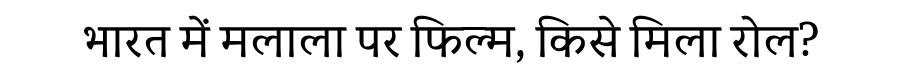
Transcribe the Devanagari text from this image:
भारत में मलाला पर फिल्म, किसे मिला रोल?